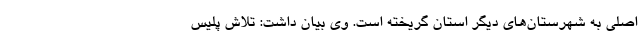
اصلی به شهرستان‌های دیگر استان گریخته است. وی بیان داشت: تلاش پلیس